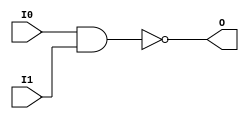
// $Header: /devl/xcs/repo/env/Databases/CAEInterfaces/verunilibs/data/unisims/NAND2.v,v 1.6 2007/05/23 21:43:39 patrickp Exp $
///////////////////////////////////////////////////////////////////////////////
// Copyright (c) 1995/2004 Xilinx, Inc.
// All Right Reserved.
///////////////////////////////////////////////////////////////////////////////
//   ____  ____
//  /   /\/   /
// /___/  \  /    Vendor : Xilinx
// \   \   \/     Version : 10.1
//  \   \         Description : Xilinx Functional Simulation Library Component
//  /   /                  2-input NAND Gate
// /___/   /\     Filename : NAND2.v
// \   \  /  \    Timestamp : Thu Mar 25 16:42:56 PST 2004
//  \___\/\___\
//
// Revision:
//    03/23/04 - Initial version.
//    05/23/07 - Changed timescale to 1 ps / 1 ps.

`timescale  1 ps / 1 ps


module NAND2 (O, I0, I1);

    output O;

    input  I0, I1;

    nand A1 (O, I0, I1);


endmodule